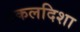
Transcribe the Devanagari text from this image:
एकलदिशा